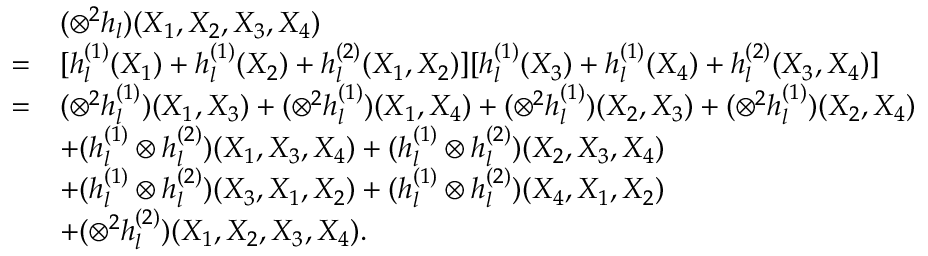
\begin{array} { r l } & { ( \otimes ^ { 2 } h _ { l } ) ( X _ { 1 } , X _ { 2 } , X _ { 3 } , X _ { 4 } ) } \\ { = } & { [ h _ { l } ^ { ( 1 ) } ( X _ { 1 } ) + h _ { l } ^ { ( 1 ) } ( X _ { 2 } ) + h _ { l } ^ { ( 2 ) } ( X _ { 1 } , X _ { 2 } ) ] [ h _ { l } ^ { ( 1 ) } ( X _ { 3 } ) + h _ { l } ^ { ( 1 ) } ( X _ { 4 } ) + h _ { l } ^ { ( 2 ) } ( X _ { 3 } , X _ { 4 } ) ] } \\ { = } & { ( \otimes ^ { 2 } h _ { l } ^ { ( 1 ) } ) ( X _ { 1 } , X _ { 3 } ) + ( \otimes ^ { 2 } h _ { l } ^ { ( 1 ) } ) ( X _ { 1 } , X _ { 4 } ) + ( \otimes ^ { 2 } h _ { l } ^ { ( 1 ) } ) ( X _ { 2 } , X _ { 3 } ) + ( \otimes ^ { 2 } h _ { l } ^ { ( 1 ) } ) ( X _ { 2 } , X _ { 4 } ) } \\ & { + ( h _ { l } ^ { ( 1 ) } \otimes h _ { l } ^ { ( 2 ) } ) ( X _ { 1 } , X _ { 3 } , X _ { 4 } ) + ( h _ { l } ^ { ( 1 ) } \otimes h _ { l } ^ { ( 2 ) } ) ( X _ { 2 } , X _ { 3 } , X _ { 4 } ) } \\ & { + ( h _ { l } ^ { ( 1 ) } \otimes h _ { l } ^ { ( 2 ) } ) ( X _ { 3 } , X _ { 1 } , X _ { 2 } ) + ( h _ { l } ^ { ( 1 ) } \otimes h _ { l } ^ { ( 2 ) } ) ( X _ { 4 } , X _ { 1 } , X _ { 2 } ) } \\ & { + ( \otimes ^ { 2 } h _ { l } ^ { ( 2 ) } ) ( X _ { 1 } , X _ { 2 } , X _ { 3 } , X _ { 4 } ) . } \end{array}